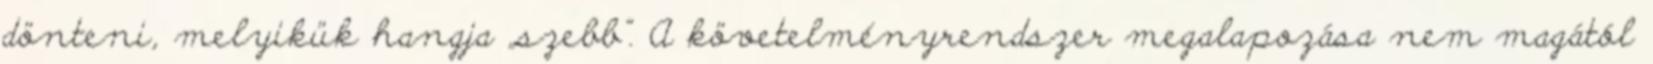
dönteni, melyikük hangja „szebb”. A követelményrendszer megalapozása nem magától